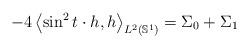
LaTeX: \begin{align*}-4\left\langle \sin ^{2}t\cdot h , h \right\rangle _{L^2(\mathbb{S}^{1})}=\Sigma _{0}+\Sigma _{1}\end{align*}